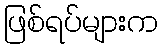
ဖြစ်ရပ်များက